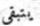
يتبقى